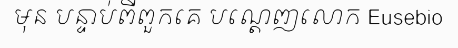
មុន បន្ទាប់ពីពួកគេ បណ្តេញលោក Eusebio